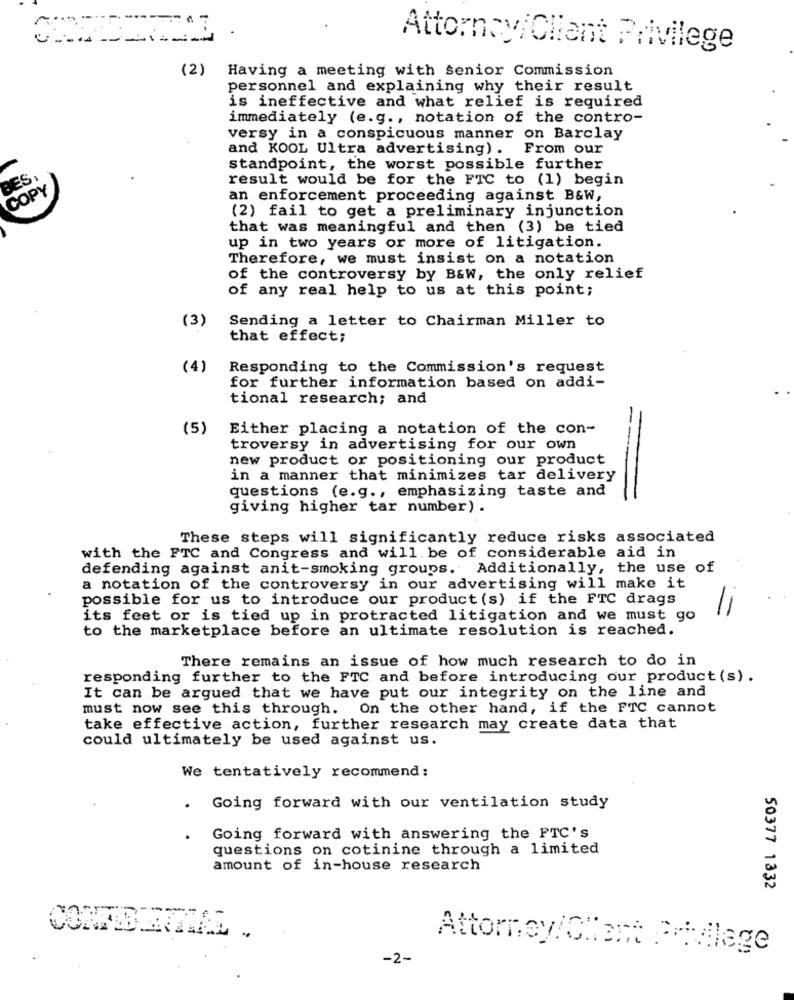
Attorney/Client Privilege
(2) Having a meeting with senior Commission
personnel and explaining why their result
is ineffective and what relief is required
immediately (e.g ., notation of the contro-
versy in a conspicuous manner on Barclay
and KOOL Ultra advertising) .
From our
standpoint, the worst possible further
BES ,
result would be for the FTC to (1) begin
COPY
an enforcement proceeding against B&W,
(2) fail to get a preliminary injunction
that was meaningful and then (3) be tied
up in two years or more of litigation.
Therefore, we must insist on a notation
of the controversy by B&W, the only relief
of any real help to us at this point;
(3)
Sending a letter to Chairman Miller to
that effect;
(4)
Responding to the Commission's request
for further information based on addi-
tional research; and
(5)
Either placing a notation of the con-
troversy in advertising for our own
new product or positioning our product
in a manner that minimizes tar delivery
questions (e.g ., emphasizing taste and
giving higher tar number) .
These steps will significantly reduce risks associated
with the FTC and Congress and will be of considerable aid in
defending against anit-smoking groups. Additionally, the use of
a notation of the controversy in our advertising will make it
possible for us to introduce our product (s) if the FTC drags
its feet or is tied up in protracted litigation and we must go
to the marketplace before an ultimate resolution is reached.
There remains an issue of how much research to do in
responding further to the FTC and before introducing our product (s).
It can be argued that we have put our integrity on the line and
must now see this through. On the other hand, if the FTC cannot
take effective action, further research may create data that
could ultimately be used against us.
We tentatively recommend:
. Going forward with our ventilation study
Going forward with answering the FTC's
questions on cotinine through a limited
amount of in-house research
50377 1332
CONFID2277262
Attorney/Client Privilege
-2-